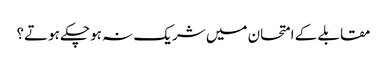
مقابلے کے امتحان میں شریک نہ ہوچکے ہوتے؟